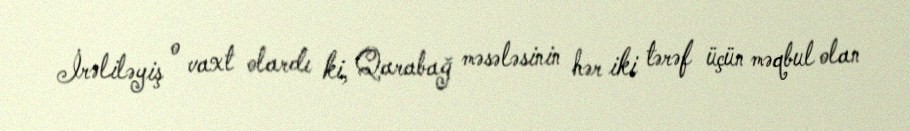
İrəliləyiş o vaxt olardı ki, Qarabağ məsələsinin hər iki tərəf üçün məqbul olan